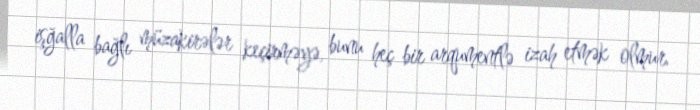
işğalla bağlı müzakirələr keçirməyə, bunu heç bir arqumentlə izah etmək olmur.